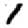
Digit: 1